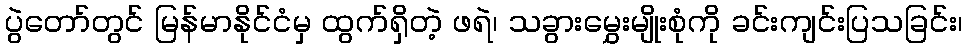
ပွဲတော်တွင် မြန်မာနိုင်ငံမှ ထွက်ရှိတဲ့ ဖရဲ၊ သခွားမွှေးမျိုးစုံကို ခင်းကျင်းပြသခြင်း၊